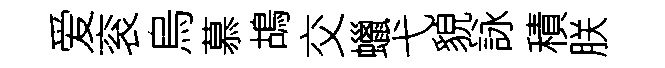
爱衮烏慕鴣交蠟弋貌詠積朕